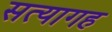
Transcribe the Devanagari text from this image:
सत्यागह